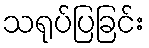
သရုပ်ပြခြင်း